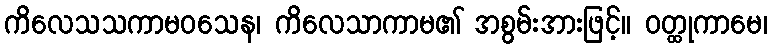
ကိလေသသကာမဝသေန၊ ကိလေသာကာမ၏ အစွမ်းအားဖြင့်။ ဝတ္ထုကာမေ၊